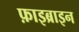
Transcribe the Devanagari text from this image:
फ़ाइब्राइन